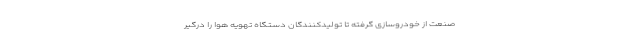
صنعت از خودروسازی گرفته تا تولیدکنندگان دستگاه تهویه هوا را درگیر